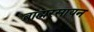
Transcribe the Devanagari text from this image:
ब्राह्मरसायन